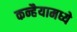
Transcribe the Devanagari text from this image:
कन्हैयामध्ये